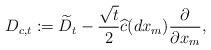
LaTeX: \begin{align*} D_{c, t}:=\widetilde{D}_{t}-\frac{\sqrt{t}}{2}\widehat{c}(dx_{m})\frac{\partial}{\partial x_{m}},\end{align*}